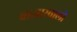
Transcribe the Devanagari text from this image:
बाजारवाली